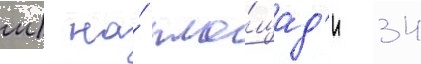
м) на́ пло́щад'и 34